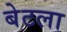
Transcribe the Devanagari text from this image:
बेटला